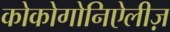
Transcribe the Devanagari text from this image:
कोकोगोनिऐलीज़